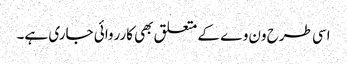
اسی طرح ون وے کے متعلق بھی کارروائی جاری ہے۔